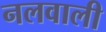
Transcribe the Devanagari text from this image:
नलवाली